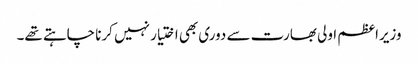
وزیراعظم اولی بھارت سے دوری بھی اختیار نہیں کرنا چاہتے تھے۔